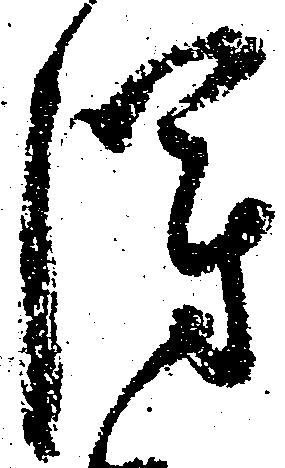
得